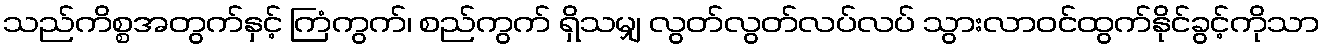
သည်ကိစ္စအတွက်နှင့် ကြံကွက်၊ စည်ကွက် ရှိသမျှ လွတ်လွတ်လပ်လပ် သွားလာဝင်ထွက်နိုင်ခွင့်ကိုသာ